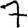
Digit: 7